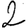
Digit: 2